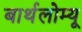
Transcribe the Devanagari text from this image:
बार्थलोम्यू